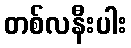
တစ်လနီးပါး